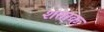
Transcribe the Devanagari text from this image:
शताक